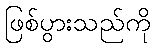
ဖြစ်ပွားသည်ကို